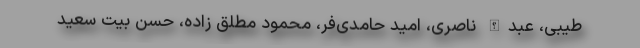
طیبی، عبدالله ناصری، امید حامدی‌فر، محمود مطلق زاده، حسن بیت سعید